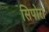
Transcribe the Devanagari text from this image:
सिपोरा